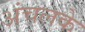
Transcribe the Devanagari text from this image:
अंचलके